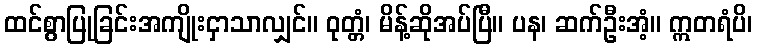
ထင်စွာပြုခြင်းအကျိုးငှာသာလျှင်။ ဝုတ္တံ၊ မိန့်ဆိုအပ်ပြီ။ ပန၊ ဆက်ဦးအံ့။ ဣတရံပိ၊